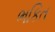
ભકિત